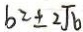
b = \pm 2 \sqrt { b }